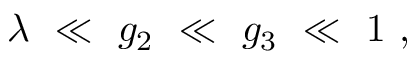
\lambda \ \ll \ g _ { 2 } \ \ll \ g _ { 3 } \ \ll \ 1 \ ,